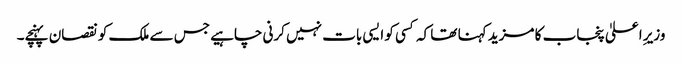
وزیرِ اعلیٰ پنجاب کا مزید کہنا تھا کہ کسی کو ایسی بات نہیں کرنی چاہیے جس سے ملک کو نقصان پہنچے۔